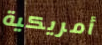
أمريكية